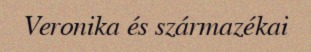
Veronika és származékai